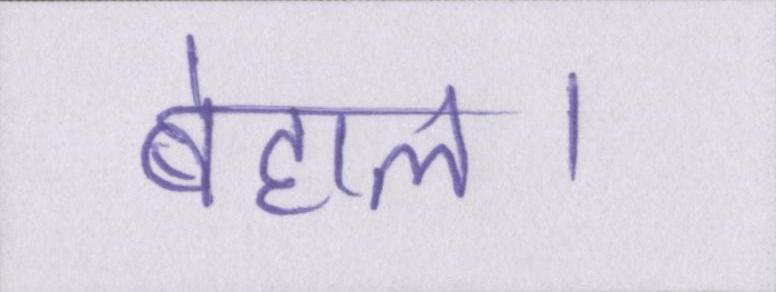
बेहाल।